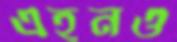
এহনও